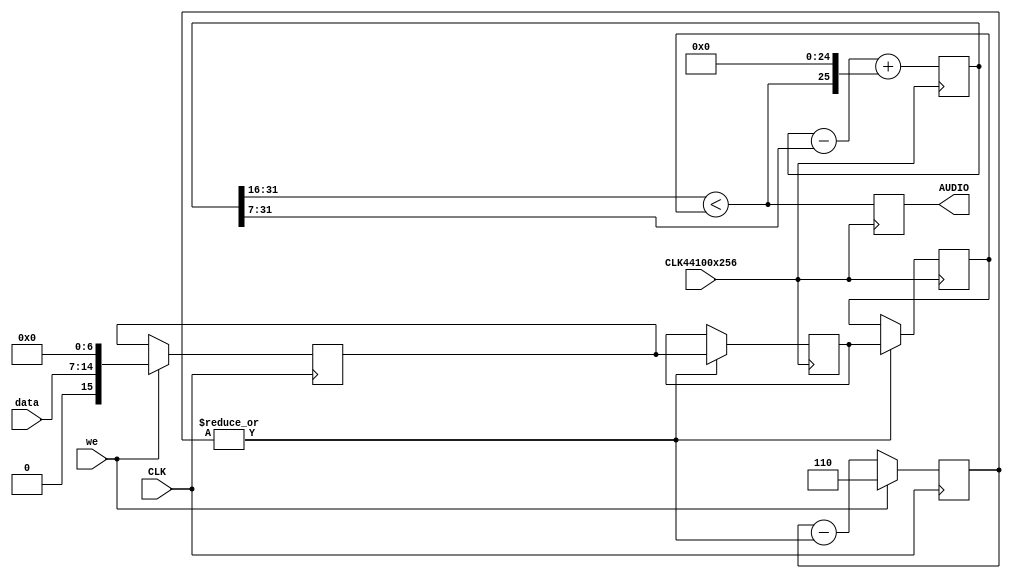
`timescale 1ns / 1ps
//////////////////////////////////////////////////////////////////////////////////
//
// This file is part of the Next186 Soc PC project
// http://opencores.org/project,next186
//
// Description: Part of the Next186 SoC PC project, 
//		stereo 2x16bit pulse density modulated sound generator
// 	44100 samples/sec
//		Covox Speech compatible
// Version 1.0
//
//
// Modified by DistWave for ZX-UNO Project
// - Removed Disney Sound Source implementation
//
/////////////////////////////////////////////////////////////////////////////////
// 
// Copyright (C) 2012 Nicolae Dumitrache
// 
// This source file may be used and distributed without 
// restriction provided that this copyright statement is not 
// removed from the file and that any derivative work contains 
// the original copyright notice and the associated disclaimer.
// 
// This source file is free software; you can redistribute it 
// and/or modify it under the terms of the GNU Lesser General 
// Public License as published by the Free Software Foundation;
// either version 2.1 of the License, or (at your option) any 
// later version. 
// 
// This source is distributed in the hope that it will be 
// useful, but WITHOUT ANY WARRANTY; without even the implied 
// warranty of MERCHANTABILITY or FITNESS FOR A PARTICULAR 
// PURPOSE. See the GNU Lesser General Public License for more 
// details. 
// 
// You should have received a copy of the GNU Lesser General 
// Public License along with this source; if not, download it 
// from http://www.opencores.org/lgpl.shtml 
// 
//////////////////////////////////////////////////////////////////////////////////
// Additional Comments: 
//
// sample rate: 44100Hz
//////////////////////////////////////////////////////////////////////////////////
module soundwave(
		input CLK,
		input CLK44100x256,
		input [7:0]data,
		input we,
		output reg AUDIO
	);

	 reg [15:0]wdata;
	 reg [2:0]write = 3'b000;
	 reg [15:0]sample;
	 reg [15:0]buffer;
	 reg [31:0]lval = 0; 
	 wire lsign = lval[31:16] < sample;

	 always @(posedge CLK44100x256) begin
		if (|write) begin
			sample <= buffer;
			buffer <= wdata;
		end
		
		lval <= lval - lval[31:7] + (lsign << 25);
		AUDIO <= lsign;
	 end


	always @(posedge CLK) begin
		if(we) begin
			write <= 3'b110;
			wdata <= {1'b0, data[7:0], 7'b0000000};
		end
		else write <= write - |write;
	end


endmodule